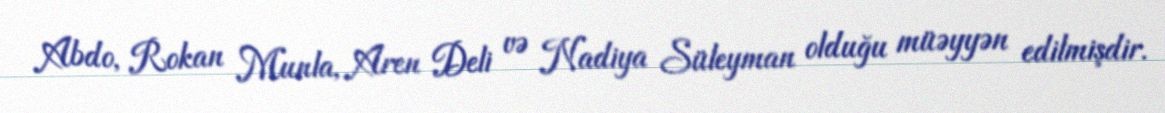
Abdo, Rokan Munla, Aren Deli və Nadiya Süleyman olduğu müəyyən edilmişdir.